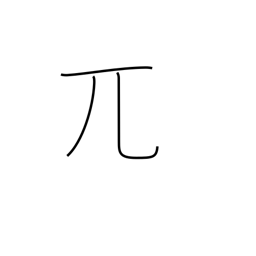
Meaning: bald